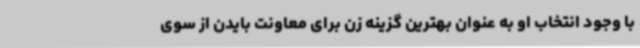
با وجود انتخاب او به عنوان بهترین گزینه زن برای معاونت بایدن از سوی